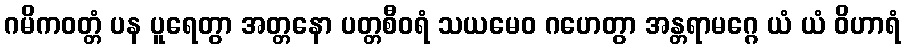
ဂမိကဝတ္တံ ပန ပူရေတွာ အတ္တနော ပတ္တစီဝရံ သယမေဝ ဂဟေတွာ အန္တရာမဂ္ဂေ ယံ ယံ ဝိဟာရံ